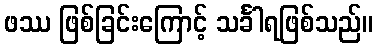
ဖဿ ဖြစ်ခြင်းကြောင့် သင်္ခါရဖြစ်သည်။